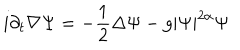
LaTeX: i \partial _ { t } \nabla \Psi = - \frac 1 2 \Delta \Psi - g | \Psi | ^ { 2 \alpha } \Psi